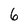
Character: 6